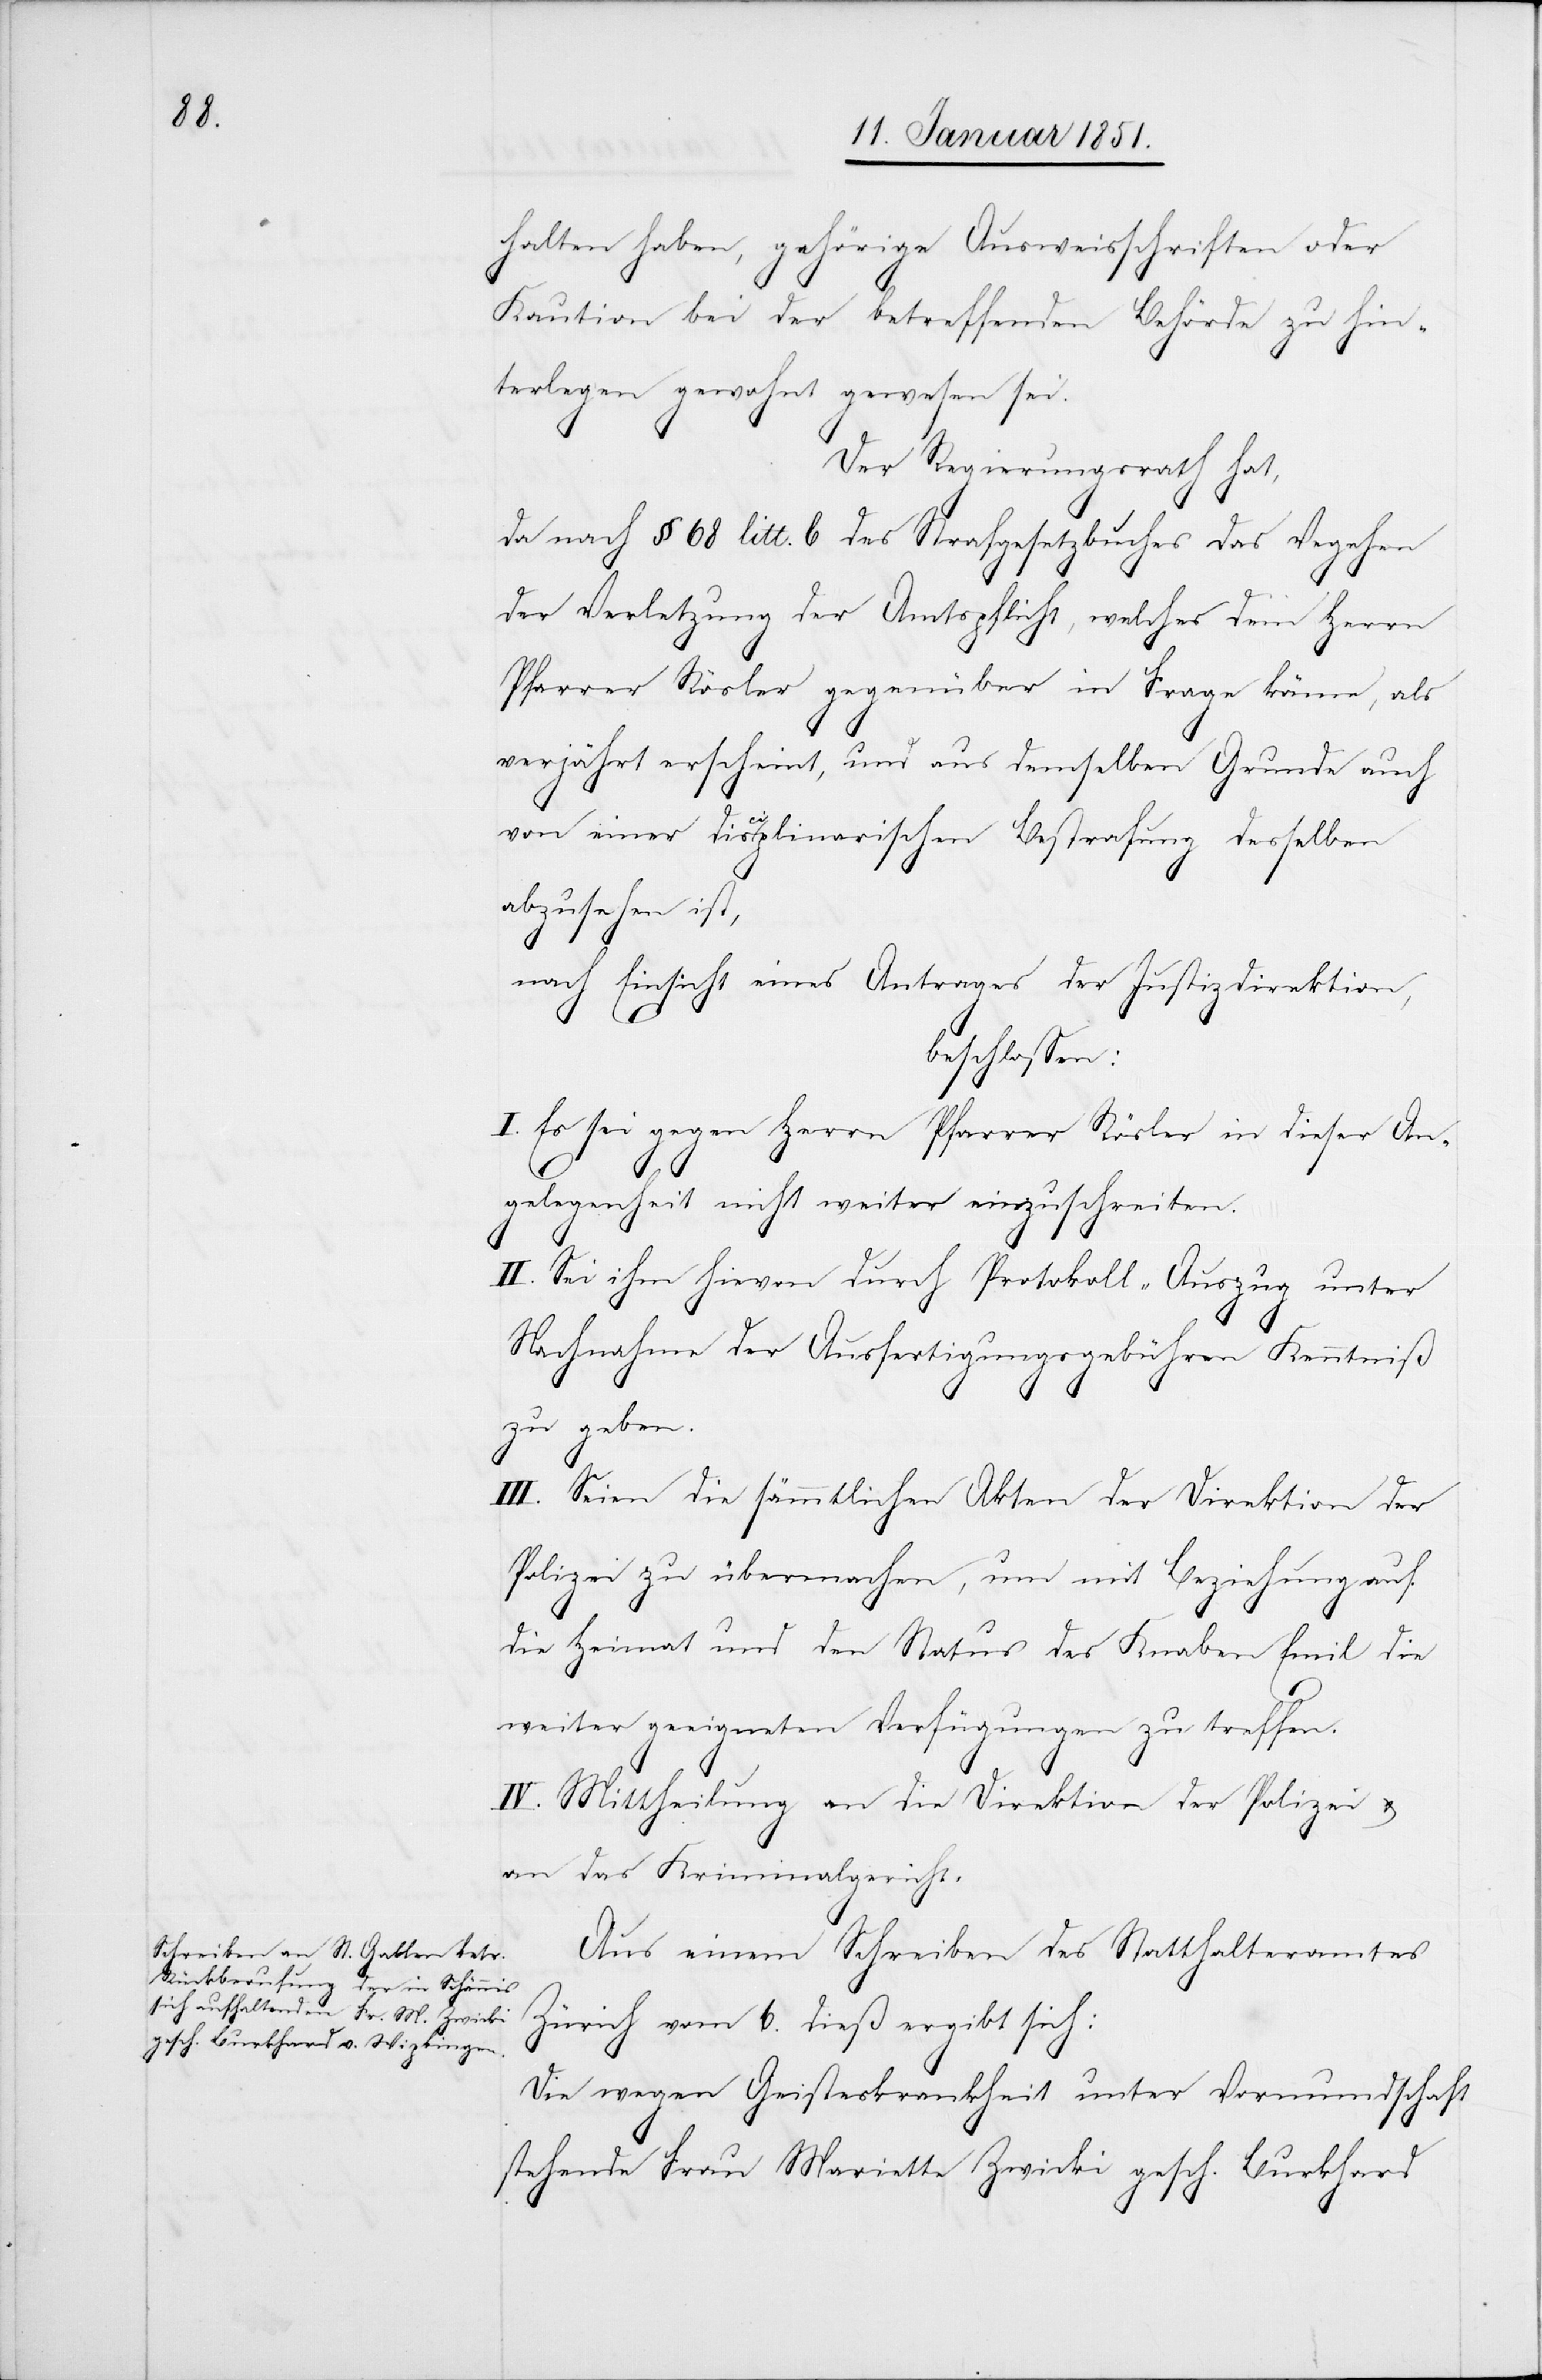
halten haben, gehörige Ausweisschriften oder
Kaution bei der betreffenden Behörde zu hin¬
terlegen gewohnt gewesen sei.
Der Regierungsrath hat,
da nach § 68 litt. b des Strafgesetzbuches das Ve[r]gehen
der Verletzung der Amtspflicht, welches dem Herrn
Pfarrer Rösler gegenüber in Frage käme, als
verjährt erscheint, und aus demselben Grunde auch
von einer disciplinarischen Bestrafung desselben
abzusehen ist,
nach Einsicht eines Antrages der Justizdirektion,
beschlossen:
I. Es sei gegen Herrn Pfarrer Rösler in dieser An¬
gelegenheit nicht weiter einzuschreiten.
II. Sei ihm hievon durch Protokoll-Auszug unter
Nachnahme der Ausfertigungsgebühren Kenntniß
zu geben.
III. Seien die sämmtlichen Akten der Direktion der
Polizei zu übermachen, um mit Beziehung auf
die Heimat und den Status des Knaben Emil die
weiter geeigneten Verfügungen zu treffen.
IV. Mittheilung an die Direktion der Polizei u.
an das Kriminalgericht.
Aus einem Schreiben des Statthalteramtes
Zürich vom 6. dieß ergibt sich:
Die wegen Geisteskrankheit unter Vormundschaft
stehende Frau Mariette Zwicki gesch. Burkhard